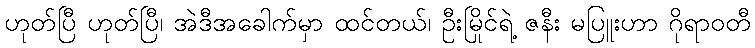
ဟုတ်ပြီ ဟုတ်ပြီ၊ အဲဒီအခေါက်မှာ ထင်တယ်၊ ဦးမြိုင်ရဲ့ ဇနီး မပြူးဟာ ဂိုရာဝတီ